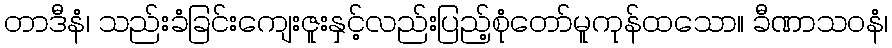
တာဒီနံ၊ သည်းခံခြင်းကျေးဇူးနှင့်လည်းပြည့်စုံတော်မူကုန်ထသော။ ခီဏာသဝနံ၊